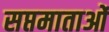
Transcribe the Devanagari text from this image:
सप्तमाताओं